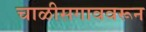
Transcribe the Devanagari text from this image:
चाळीसगाववरून